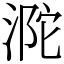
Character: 𣵻